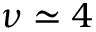
\nu \simeq 4